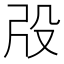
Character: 𣪃